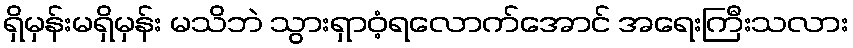
ရှိမှန်းမရှိမှန်း မသိဘဲ သွားရှာဝံ့ရလောက်အောင် အရေးကြီးသလား